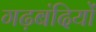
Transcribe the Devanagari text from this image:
गढ़बंदियों